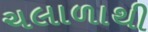
ચલાળાથી